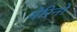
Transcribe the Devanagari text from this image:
मेरिनों